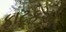
ફાટકએ